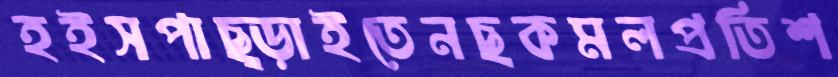
হইসপাছ্‌ড়াইতেনছকমলপ্রতিশ